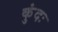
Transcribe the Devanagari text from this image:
कुंदः